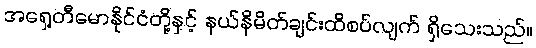
အရှေ့တီမောနိုင်ငံတို့နှင့် နယ်နိမိတ်ချင်းထိစပ်လျက် ရှိသေးသည်။